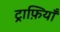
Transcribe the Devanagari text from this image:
ट्राफ़ियाँ